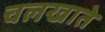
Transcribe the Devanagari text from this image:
चलखाते